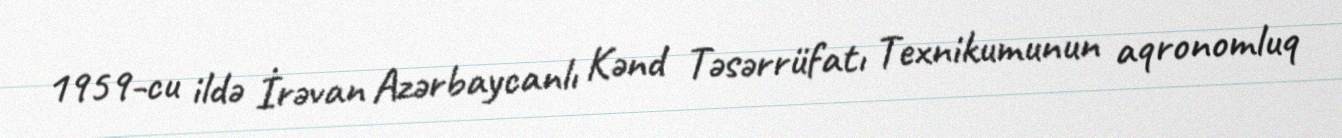
1959-cu ildə İrəvan Azərbaycanlı Kənd Təsərrüfatı Texnikumunun aqronomluq